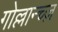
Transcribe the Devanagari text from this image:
गोल्लान्च्ज़